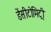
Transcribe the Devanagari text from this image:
डेंसीटोमिट्री